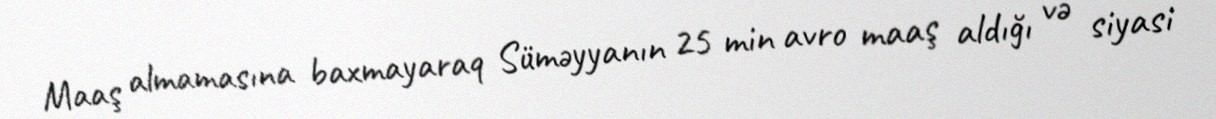
Maaş almamasına baxmayaraq Süməyyanın 25 min avro maaş aldığı və siyasi